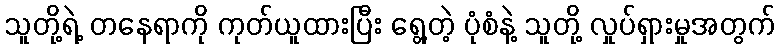
သူတို့ရဲ့ တနေရာကို ကုတ်ယူထားပြီး ရွေ့တဲ့ ပုံစံနဲ့ သူတို့ လှုပ်ရှားမှုအတွက်